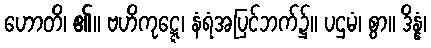
ဟောတိ၊ ၏။ ဗဟိကုဋ္ဋေ၊ နံရံအပြင်ဘက်၌။ ပဌမံ၊ စွာ။ ဒိန္နံ၊